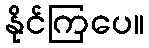
နိုင်ကြပေ။